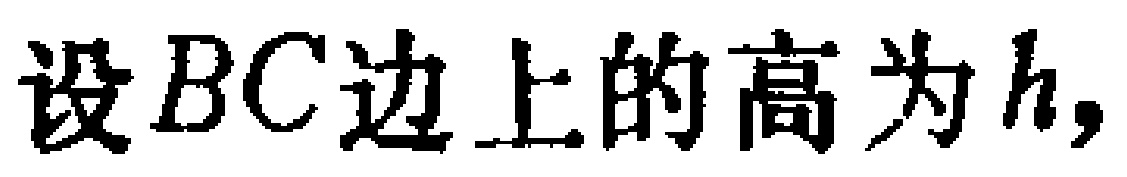
设 \(BC\) 边上的高为 \(h\)，